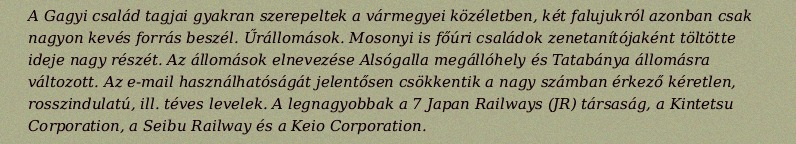
A Gagyi család tagjai gyakran szerepeltek a vármegyei közéletben, két falujukról azonban csak nagyon kevés forrás beszél. Űrállomások. Mosonyi is főúri családok zenetanítójaként töltötte ideje nagy részét. Az állomások elnevezése Alsógalla megállóhely és Tatabánya állomásra változott. Az e-mail használhatóságát jelentősen csökkentik a nagy számban érkező kéretlen, rosszindulatú, ill. téves levelek. A legnagyobbak a 7 Japan Railways (JR) társaság, a Kintetsu Corporation, a Seibu Railway és a Keio Corporation.